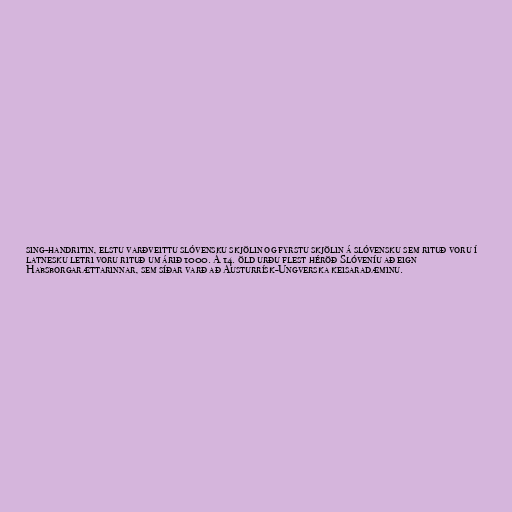
sing-handritin, elstu varðveittu slóvensku skjölin og fyrstu skjölin á slóvensku sem rituð voru í
latnesku letri voru rituð um árið 1000. Á 14. öld urðu flest héröð Slóveníu að eign
Habsborgarættarinnar, sem síðar varð að Austurrísk-Ungverska keisaradæminu.